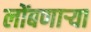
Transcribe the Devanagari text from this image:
लोंबणाऱ्या